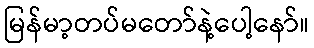
မြန်မာ့တပ်မတော်နဲ့ပေါ့နော်။